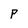
Character: P